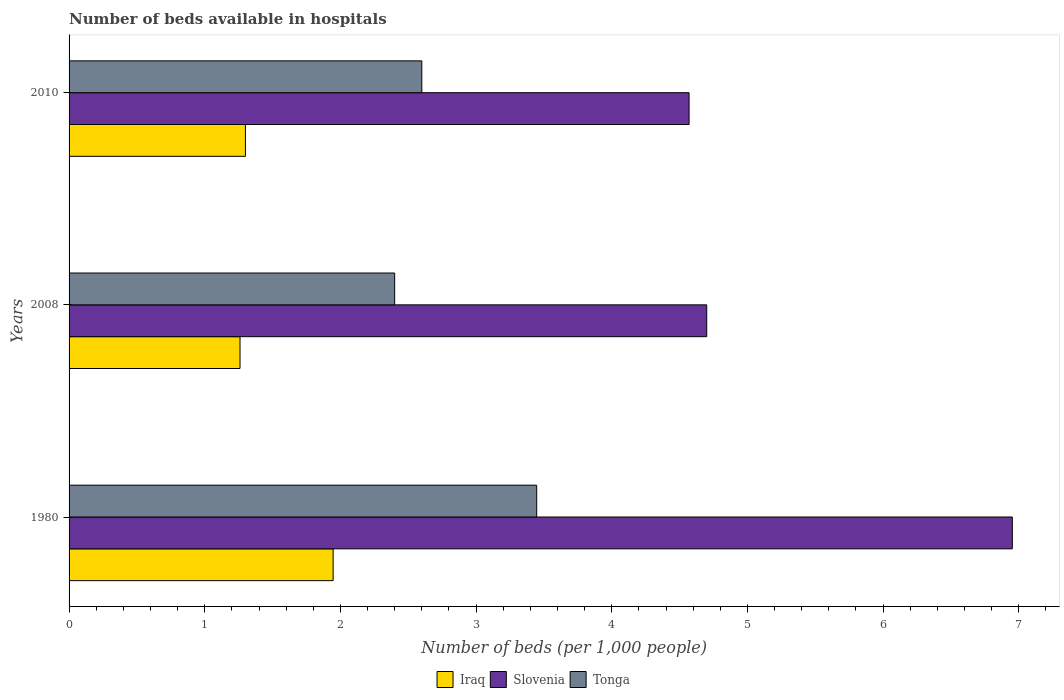
| Years | Iraq | Slovenia | Tonga |
 | --- | --- | --- | --- |
 | 1980 | 1.95 | 6.95 | 3.45 |
 | 2008 | 1.26 | 4.7 | 2.4 |
 | 2010 | 1.3 | 4.57 | 2.6 |